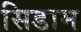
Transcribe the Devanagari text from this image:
सिडाम